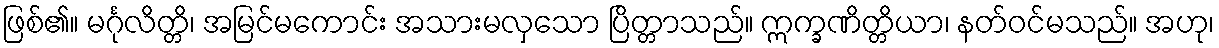
ဖြစ်၏။ မင်္ဂုလိတ္တိ၊ အမြင်မကောင်း အသားမလှသော ပြိတ္တာသည်။ ဣက္ခဏိတ္တိယာ၊ နတ်ဝင်မသည်။ အဟု၊